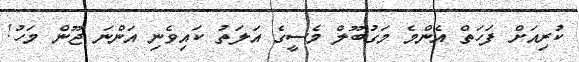
ކުރިއަށް ފަހަތް އެންމެ މަގުބޫލް މެސީގެ އަލަތު ކައިވެނި އަންނަ ޖޫން މަހު!